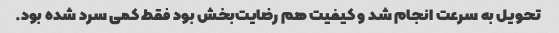
تحویل به سرعت انجام شد و کیفیت هم رضایت‌بخش بود فقط کمی سرد شده بود.